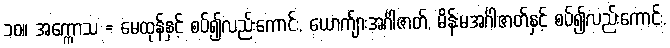
၁၀။ အက္ကောသ = မေထုန်နှင့် စပ်၍လည်းကောင်း, ယောက်ျားအင်္ဂါဇာတ်, မိန်းမအင်္ဂါဇာတ်နှင့် စပ်၍လည်းကောင်း,